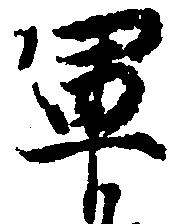
軍